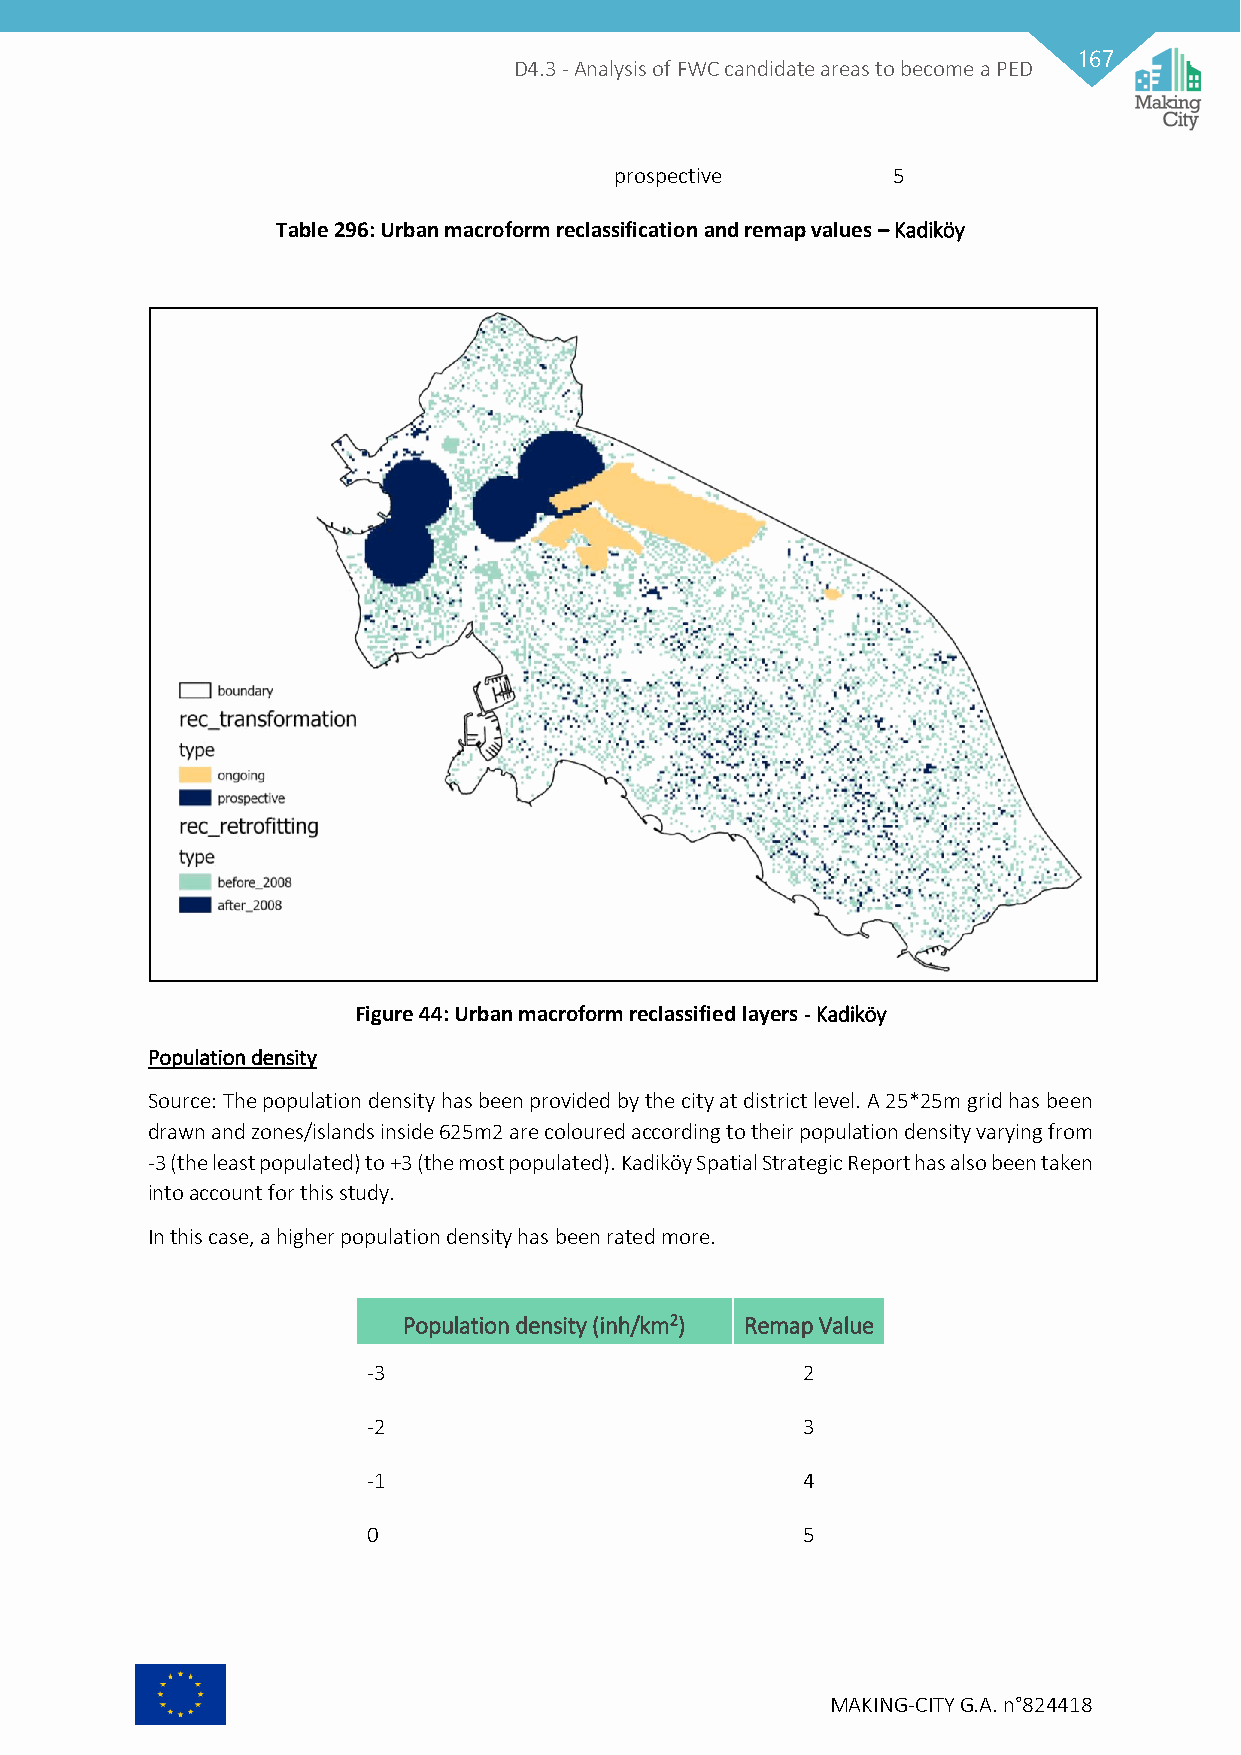
167
 D4.3 - Analysis of FWC candidate areas to become a PED
 prospective       5
 Table 296: Urban macroform reclassification and remap values – Kadiköy
 Figure 44: Urban macroform reclassified layers - Kadiköy
 Population density
 Source: The population density has been provided by the city at district level. A 25*25m grid has been
 drawn and zones/islands inside 625m2 are coloured according to their population density varying from
 -3 (the least populated) to +3 (the most populated). Kadiköy Spatial Strategic Report has also been taken
 into account for this study.
 In this case, a higher population density has been rated more.
 Population density (inh/km2) Remap Value
 -3                           2
 -2                           3
 -1                           4
 0                            5
 MAKING-CITY G.A. n°824418